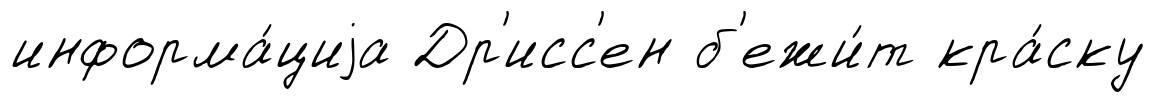
информа́циjа Др'исс'ен б'ежи́т кра́ску